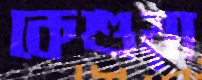
কেশুয়া